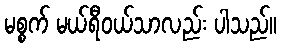
မစ္စက် မယ်ရီဝယ်သာလည်း ပါသည်။